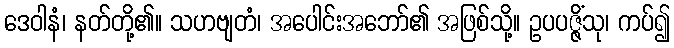
ဒေဝါနံ၊ နတ်တို့၏။ သဟဗျတံ၊ အပေါင်းအဘော်၏ အဖြစ်သို့။ ဥပပဇ္ဇိံသု၊ ကပ်၍